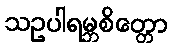
သဥပါရမ္ဘစိတ္တော